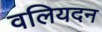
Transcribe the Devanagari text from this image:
वलियदन